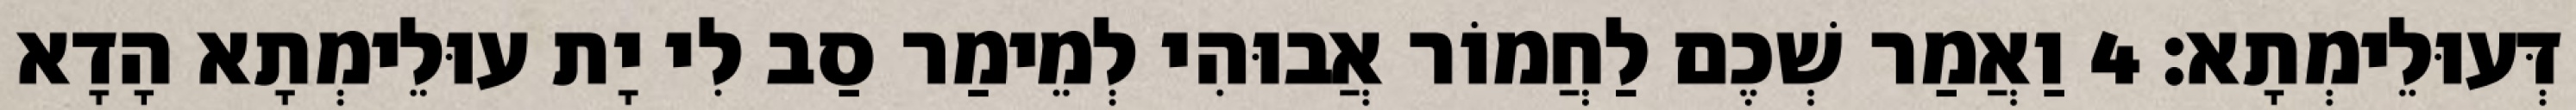
דְּעוּלֵימְתָא׃ 4 וַאֲמַר שְׁכֶם לַחֲמוֹר אֲבוּהִי לְמֵימַר סַב לִי יָת עוּלֵימְתָא הָדָא